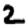
Digit: 2